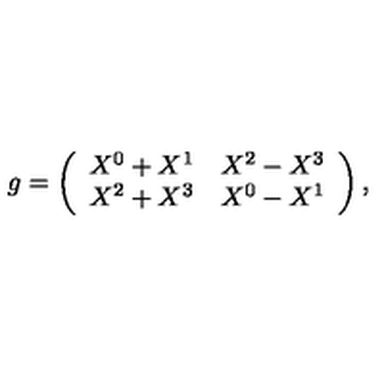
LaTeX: g = \left( \begin{array} { c c c } { X ^ { 0 } + X ^ { 1 } } & { X ^ { 2 } - X ^ { 3 } } \\ { X ^ { 2 } + X ^ { 3 } } & { X ^ { 0 } - X ^ { 1 } } \\ \end{array} \right) ,